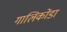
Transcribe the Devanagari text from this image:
गालिकोंडा